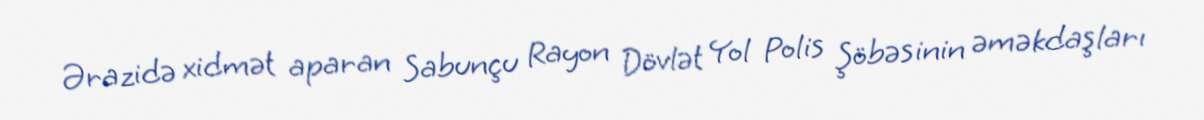
Ərazidə xidmət aparan Sabunçu Rayon Dövlət Yol Polis Şöbəsinin əməkdaşları